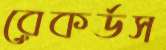
রেকর্ডস